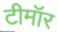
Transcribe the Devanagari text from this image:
टीमॉर